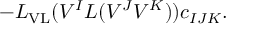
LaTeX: - { \cal L } _ { \mathrm { V L } } ( V ^ { I } L ( V ^ { J } V ^ { K } ) ) c _ { I J K } .